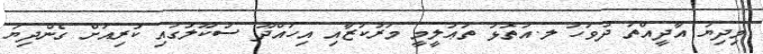
މިދިޔަ އާދީއްތަ ދުވަހު ލ.އަތޮޅު ތަޢުލީމީ މަރުކަޒާއި އިހައްދޫ ސުކޫލުގައި ކުރިއަށް ގެންދިޔަ